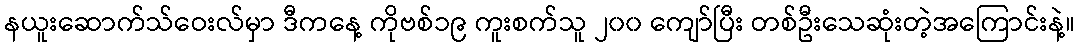
နယူးဆောက်သ်ဝေးလ်မှာ ဒီကနေ့ ကိုဗစ်၁၉ ကူးစက်သူ ၂၀၀ ကျော်ပြီး တစ်ဦးသေဆုံးတဲ့အကြောင်းနဲ့။